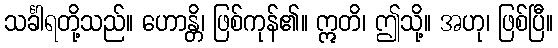
သင်္ခါရတို့သည်။ ဟောန္တိ၊ ဖြစ်ကုန်၏။ ဣတိ၊ ဤသို့။ အဟု၊ ဖြစ်ပြီ။